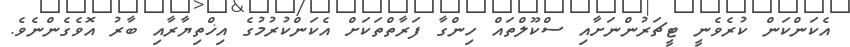
އެކަންކަން ކުރެވެނީ ޓީޗަރުންނަށާއި ސްކޫލްތައް ހިންގާ ފަރާތްތަކަށް އެކަންކުރުމުގެ އިޚްތިޔާރާއި ބާރު އޮވެގެންނެވެ.